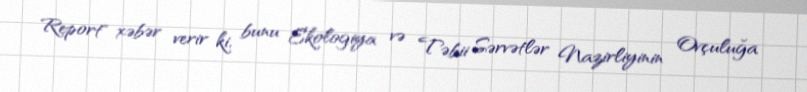
Report" xəbər verir ki, bunu Ekologiya və Təbii Sərvətlər Nazirliyinin Ovçuluğa